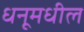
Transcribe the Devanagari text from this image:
धनूमधील